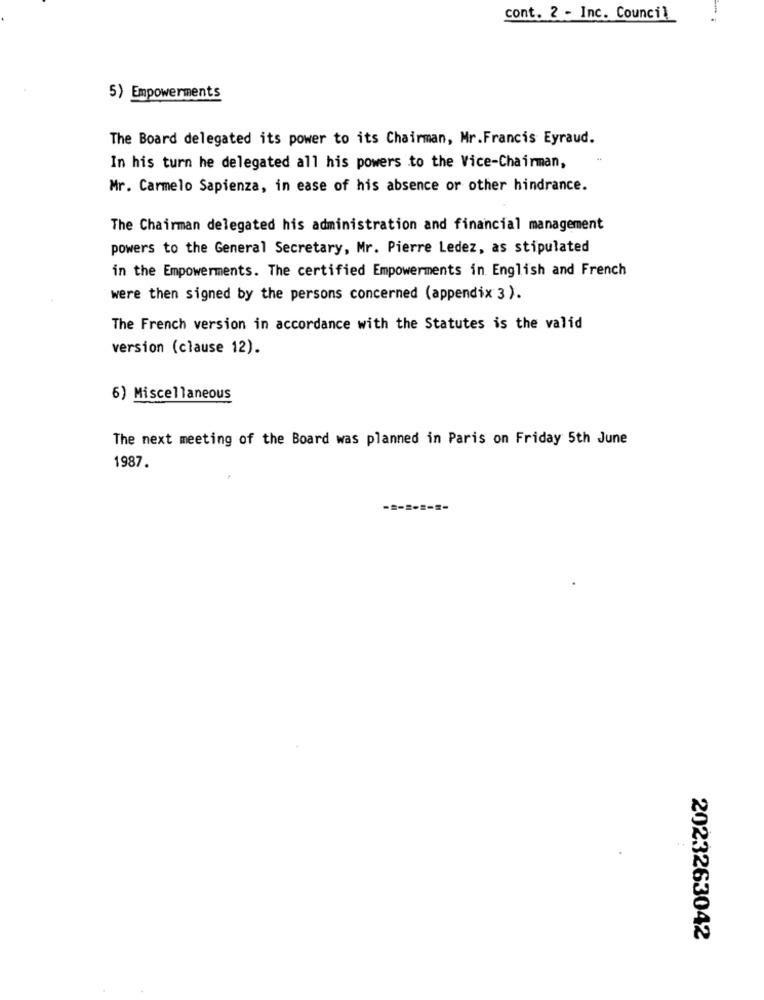
cont. 2 - Inc. Council
5) Empowerments
The Board delegated its power to its Chairman, Mr.Francis Eyraud.
In his turn he delegated all his powers to the Vice-Chairman,
Mr. Carmelo Sapienza, in ease of his absence or other hindrance.
The Chairman delegated his administration and financial management
powers to the General Secretary, Mr. Pierre Ledez, as stipulated
in the Empowerments. The certified Empowerments in English and French
were then signed by the persons concerned (appendix 3 ).
The French version in accordance with the Statutes is the valid
version (clause 12).
6) Miscellaneous
The next meeting of the Board was planned in Paris on Friday 5th June
1987.
-=-======
2023263042